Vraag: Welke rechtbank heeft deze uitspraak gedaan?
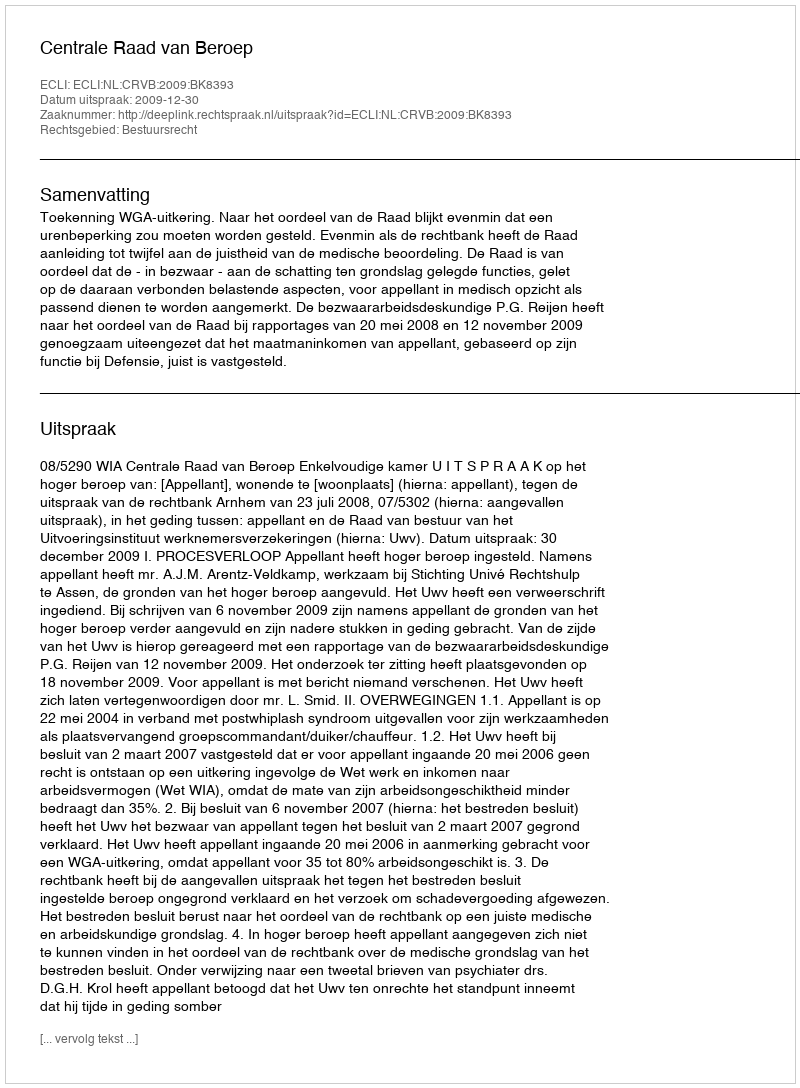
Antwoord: Centrale Raad van Beroep